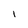
Character: 1